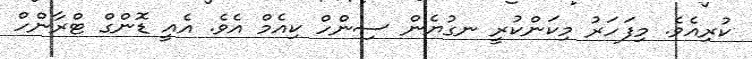
ކުރިއެވެ. މިފަހަރު މިކަންކުރީ ނގުޔެން ސިންހް ކިއެމް އެވެ. އެއީ ޑޮންގް ޓްރާންހް